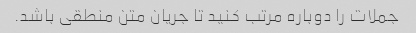
جملات را دوباره مرتب کنید تا جریان متن منطقی باشد.